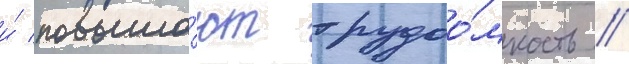
и́ повыша́ют трудоо́мкость //